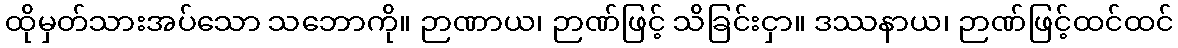
ထိုမှတ်သားအပ်သော သဘောကို။ ဉာဏာယ၊ ဉာဏ်ဖြင့် သိခြင်းငှာ။ ဒဿနာယ၊ ဉာဏ်ဖြင့်ထင်ထင်